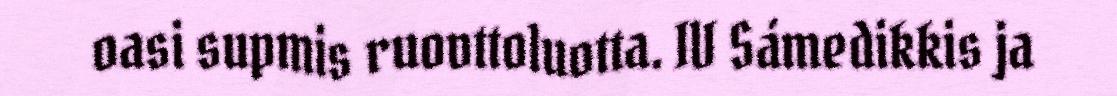
oasi supmis ruovttoluotta. IV Sámedikkis ja